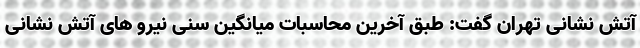
آتش نشانی تهران گفت: طبق آخرین محاسبات میانگین سنی نیرو های آتش نشانی